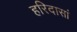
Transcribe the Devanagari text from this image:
हरिदासां